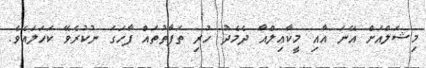
މިޝަލްއަށް އޭނަ އާއި މީކާޢިލްއާ ދެމެދު ހުރި ތަފާތުތައް ފާހަގަ ނުކުރެވޭ ކަހަލައެވެ.